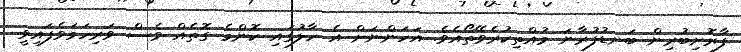
ފާރޮށިބުރިން ބަނޑުފުރާނަ މުއްތިކުރެވޭތޯއެވެ. އަހަންނަށް އެ ހާލުގައި ކޮންމެ ގޮތެއް ވެސް ވަރިހަމަވެފައިވީ